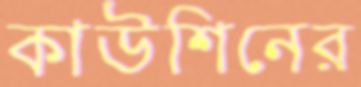
কাউশিনের